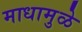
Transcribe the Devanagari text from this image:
माधामुळे